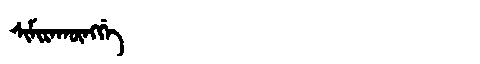
Manchu: ᠰᡳᠮᡳᡵᠠᡴᡡᠩᡤᡝ
Romanization: SIMIRAKŪNGGE